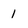
Character: 1